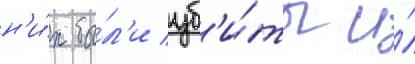
н'и́х бы́л'и уб'и́ты и́